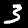
Digit: 3